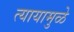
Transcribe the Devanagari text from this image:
त्यायामुळे